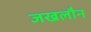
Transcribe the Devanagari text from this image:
जखलौन